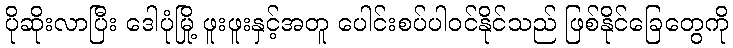
ပိုဆိုးလာပြီး ဒေါပုံမြို့ ဖူးဖူးနှင့်အတူ ပေါင်းစပ်ပါဝင်နိုင်သည် ဖြစ်နိုင်ခြေတွေကို